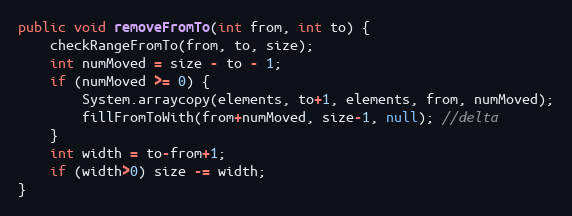
Language: Java
public void removeFromTo(int from, int to) {
	checkRangeFromTo(from, to, size);
	int numMoved = size - to - 1;
	if (numMoved >= 0) {
		System.arraycopy(elements, to+1, elements, from, numMoved);
		fillFromToWith(from+numMoved, size-1, null); //delta
	}
	int width = to-from+1;
	if (width>0) size -= width;
}